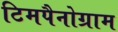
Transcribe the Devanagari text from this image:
टिमपैनोग्राम